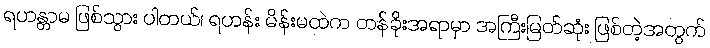
ရဟန္တာမ ဖြစ်သွား ပါတယ်၊ ရဟန်း မိန်းမထဲက တန်ခိုးအရာမှာ အကြီးမြတ်ဆုံး ဖြစ်တဲ့အတွက်